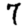
Digit: 7